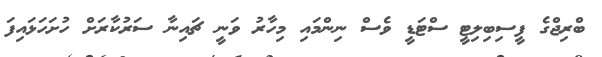
ބްރިޖްގެ ފީސިބިލިޓީ ސްޓަޑީ ވެސް ނިންމައި މިހާރު ވަނީ ޗައިނާ ސަރުކާރަށް ހުށަހަޅައިފަ